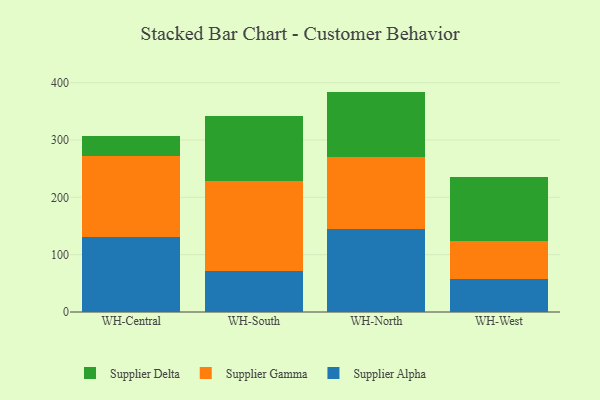
{"axis": {"x": "Warehouse", "y": "Customer Acquisition Cost (USD)"}, "legend": ["Supplier Alpha", "Supplier Delta", "Supplier Gamma"], "data": [{"x": "WH-Central", "y": 130.6, "type": "Supplier Alpha"}, {"x": "WH-Central", "y": 142.0, "type": "Supplier Gamma"}, {"x": "WH-Central", "y": 33.8, "type": "Supplier Delta"}, {"x": "WH-South", "y": 71.1, "type": "Supplier Alpha"}, {"x": "WH-South", "y": 157.9, "type": "Supplier Gamma"}, {"x": "WH-South", "y": 112.9, "type": "Supplier Delta"}, {"x": "WH-North", "y": 144.2, "type": "Supplier Alpha"}, {"x": "WH-North", "y": 126.8, "type": "Supplier Gamma"}, {"x": "WH-North", "y": 113.3, "type": "Supplier Delta"}, {"x": "WH-West", "y": 57.5, "type": "Supplier Alpha"}, {"x": "WH-West", "y": 67.1, "type": "Supplier Gamma"}, {"x": "WH-West", "y": 111.1, "type": "Supplier Delta"}]}